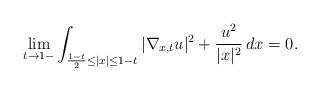
\begin{align*} \lim_{t\to 1-}\int_{\frac{1-t}{2}\leq |x|\leq 1-t}|\nabla_{x,t}u|^2+\frac{u^2}{|x|^2}\,dx=0.\end{align*}